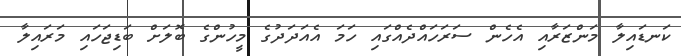
ކަނޑައިލާ މަންޒަރާއި އެހެން ސަރަހައްދެއްގައި ހަމަ އެއަދަދުގެ މީހުންގެ ބޮލަށް ބަޑިޖަހައި މަރައިލާ